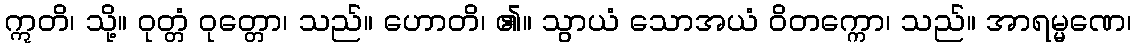
ဣတိ၊ သို့။ ဝုတ္တံ ဝုတ္တော၊ သည်။ ဟောတိ၊ ၏။ သွာယံ သောအယံ ဝိတက္ကော၊ သည်။ အာရမ္မဏေ၊